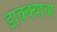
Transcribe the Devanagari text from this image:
डाक्क्याचा